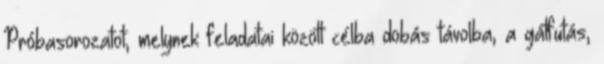
Próbasorozatot, melynek feladatai között célba dobás távolba, a gátfutás,